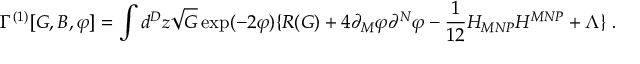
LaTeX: \Gamma ^ { ( 1 ) } [ G , B , \varphi ] = \int d ^ { D } z \sqrt { G } \exp ( - 2 \varphi ) \{ R ( G ) + 4 \partial _ { M } \varphi \partial ^ { N } \varphi - \frac { 1 } { 1 2 } H _ { M N P } H ^ { M N P } + \Lambda \} \, \, .